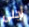
أجلى